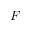
F